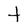
Character: t